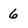
Character: 6